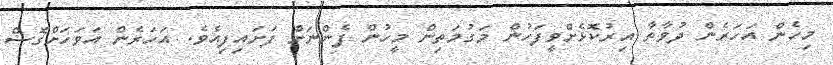
މިހެން އަހަރެން ދުވާތާ އިރުކޮޅެށްވީފަހުން މަގުމަތިން މީހުން ފެންނަށް ފަށައިފިއެވެ. އަހަރެން އަވަހަށްގޮސް